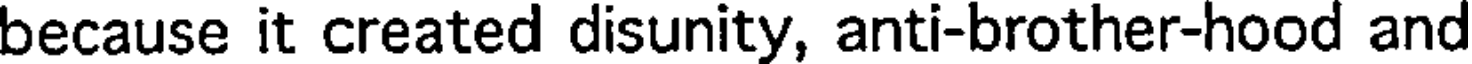
because it created disunity, anti-brother-hood and